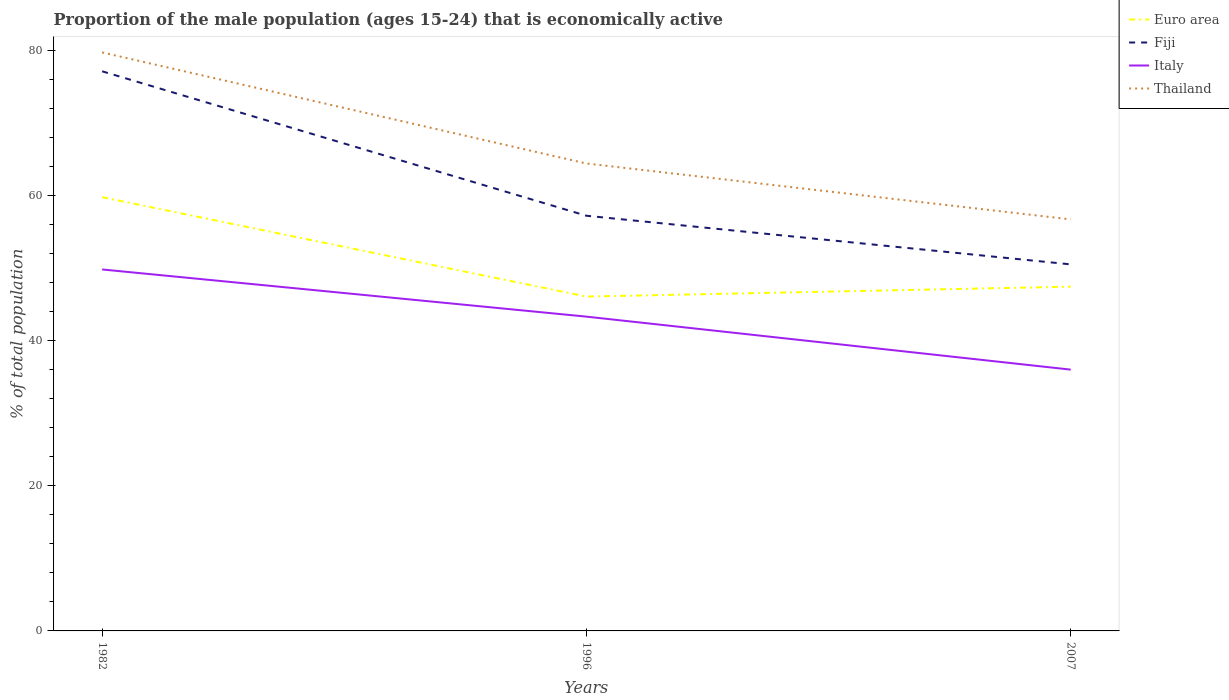
| Years | Euro area | Fiji | Italy | Thailand |
 | --- | --- | --- | --- | --- |
 | 1982 | 59.8 | 77.1 | 49.8 | 79.7 |
 | 1996 | 46.1 | 57.2 | 43.3 | 64.4 |
 | 2007 | 47.4 | 50.5 | 36 | 56.7 |